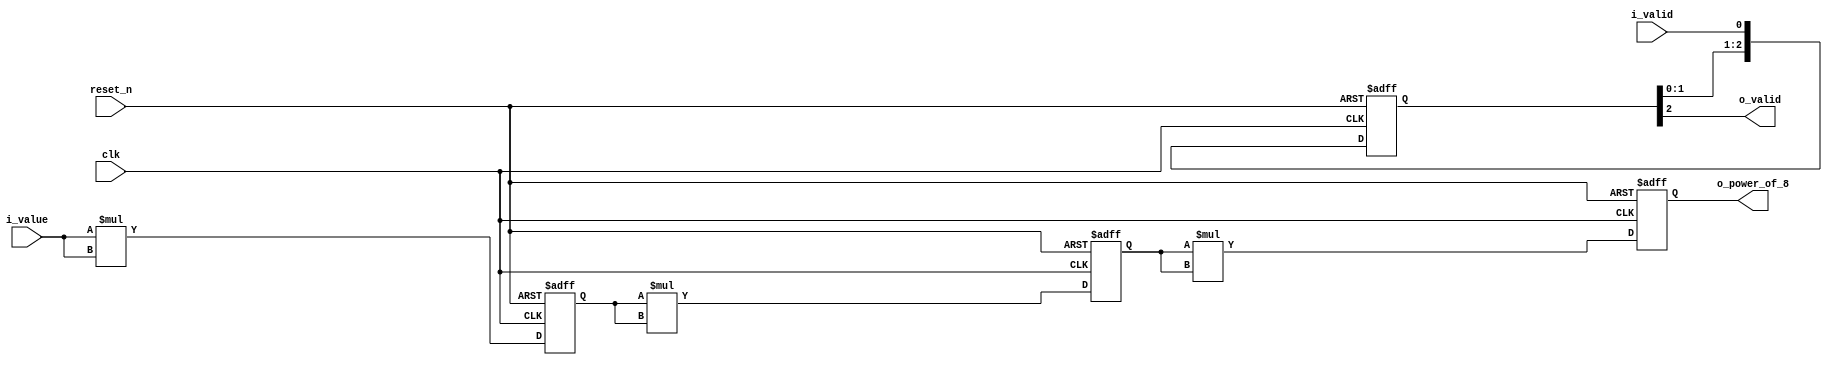
`timescale 1ns / 1ps

module power_of_8(
    input		clk,
    input		reset_n,
    input		i_valid,
    input	[31:0] 	i_value,
    output		o_valid,
    output	[63:0]	o_power_of_8	);
	
    reg 	[2:0] 	r_valid;
    reg 	[63:0] 	r_power_of_2;
    reg 	[63:0] 	r_power_of_4;
    reg 	[63:0] 	r_power_of_8;
    wire 	[63:0] 	power_of_2;
    wire 	[63:0] 	power_of_4;
    wire 	[63:0] 	power_of_8;

// flow of valid
    always @(posedge clk or negedge reset_n) begin
        if(!reset_n) begin
            r_valid <= 3'd0;
        end else begin
            r_valid <= {r_valid[1:0], i_valid};		// concatenation of previous valid signal with current valid signal (shift-left)
        end
    end

// data buffer (f/f) 
    always @(posedge clk or negedge reset_n) begin	// connecting data buffer to flip-flop
        if(!reset_n) begin
            r_power_of_2 <= 64'd0;
            r_power_of_4 <= 64'd0;
            r_power_of_8 <= 64'd0;
        end else begin
            r_power_of_2 <= power_of_2;			// first output of multiplier (power_of_2) goes to first input of F/F (r_power_of_2)
            r_power_of_4 <= power_of_4;			// second output of multiplier (power_of_4) goes to second input of F/F (r_power_of_4)
            r_power_of_8 <= power_of_8;			// third output of multiplier (power_of_8) goes to third input of F/F (r_power_of_8)
        end
    end

// Power Operation
    assign power_of_2 = i_value * i_value;		// initial input (i_value) is multplied itself to be first output of multiplier (power_of_2)
    assign power_of_4 = r_power_of_2 * r_power_of_2;	// first output of F/F (r_power_of_2) is multplied itself to be second output of multiplier (power_of_4)
    assign power_of_8 = r_power_of_4 * r_power_of_4;	// second output of F/F (r_power_of_4) is multplied itself to be third output of multiplier (power_of_8)
	
    assign o_valid = r_valid[2];
    assign o_power_of_8 = r_power_of_8;			// third output of FF (r_power_of_8) goes to final output (o_power_of_8)

endmodule